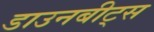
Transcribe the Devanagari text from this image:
डाउनबीट्स